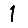
Digit: 1